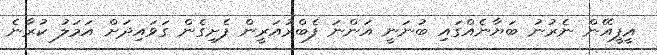
އީޕީއޭން ނެރުނު ބަޔާނެއްގައި ބުނަނީ އަންނަ ފެބްރުއަރީން ފެށިގެން ގަވައިދަށް އަމަލު ކުރާނެ